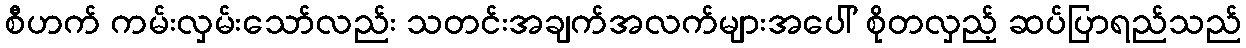
စီဟက် ကမ်းလှမ်းသော်လည်း သတင်းအချက်အလက်များအပေါ် စိုတလှည့် ဆပ်ပြာရည်သည်